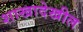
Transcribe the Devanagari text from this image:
शाखादेखील